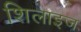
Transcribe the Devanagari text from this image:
शिलाइज